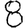
Digit: 8